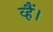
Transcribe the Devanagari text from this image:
व्हैं।